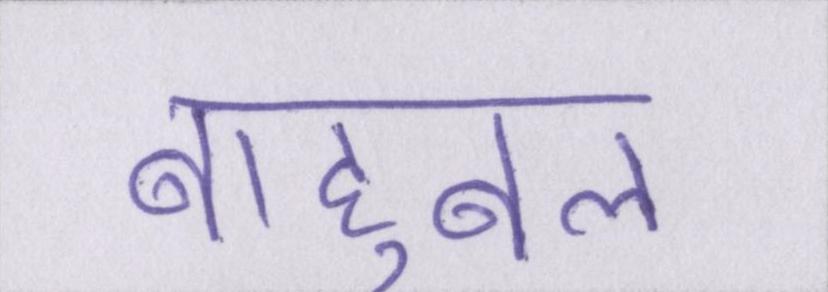
बाहुबल